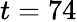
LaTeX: t=74